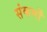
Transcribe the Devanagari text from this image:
संकर्मों